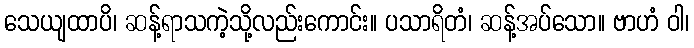
သေယျထာပိ၊ ဆန့်ရာသကဲ့သို့လည်းကောင်း။ ပသာရိတံ၊ ဆန့်အပ်သော။ ဗာဟံ ဝါ၊